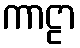
ကာဠာ